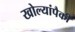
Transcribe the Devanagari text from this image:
खोल्यांपैकी